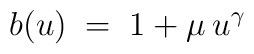
b(u) \;=\; 1 + \mu \:u^\gamma